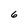
Character: 6